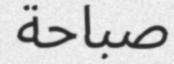
صباحة